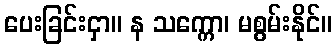
ပေးခြင်းငှာ။ န သက္ကော၊ မစွမ်းနိုင်။